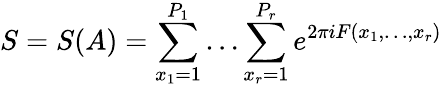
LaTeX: S=S(A)=\sum_{x_{1}=1}^{P_{1}}\dots\sum_{x_{r}=1}^{P_{r}}e^{2\pi iF(x_{1},\dots,x_{r})}